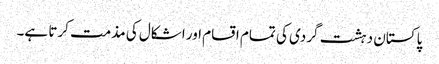
پاکستان دہشت گردی کی تمام اقسام اور اشکال کی مذمت کرتا ہے۔